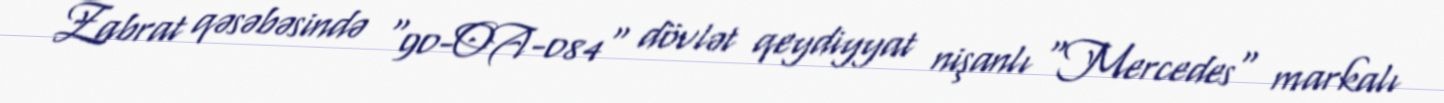
Zabrat qəsəbəsində "90-OA-084" dövlət qeydiyyat nişanlı "Mercedes" markalı